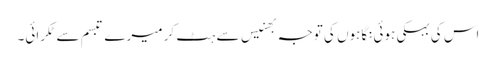
اس کی بہکی ہوئی نگاہوں کی توجہ بھنیس سے ہٹ کر میرے تبسم سے ٹکرائی۔